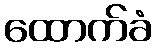
ထောက်ခံ